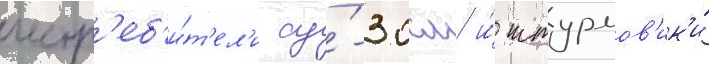
истр'еб'и́т'ел'и су́-30см и́ штурмов'ик'и́